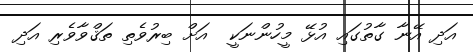
އަދި އޭނާ ގާތުގައި އުޅޭ މީހުންނަކީ  އަށް ބިރުވެތި ތަޤްވާވެރި އަދި